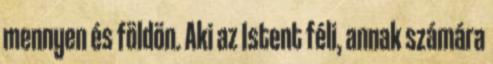
mennyen és földön. Aki az Istent féli, annak számára